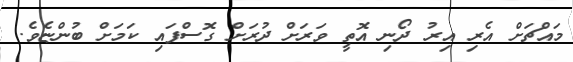
މައްޗަށް އެރި އިރު ދޯނި އޮތީ ވަރަށް ދުރަށް ގޮސްފައި ކަމަށް ބުންޏެވެ.